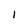
Character: I